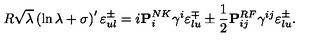
R \sqrt { \lambda } \left( \ln { \lambda } + \sigma \right) ^ { \prime } \varepsilon _ { u l } ^ { \pm } = i { \bf P } _ { i } ^ { N K } \gamma ^ { i } \varepsilon _ { l u } ^ { \mp } \pm { \frac { 1 } { 2 } } { \bf P } _ { i j } ^ { R F } \gamma ^ { i j } \varepsilon _ { l u } ^ { \pm } .